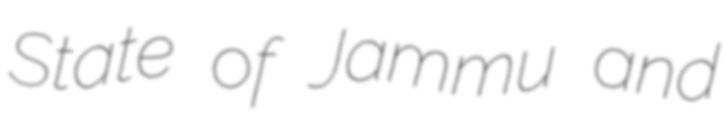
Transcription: State of Jammu and